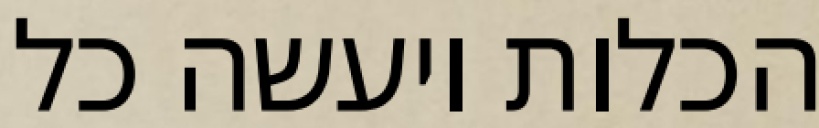
הכלות ויעשה כל